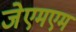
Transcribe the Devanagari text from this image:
जेएमएम